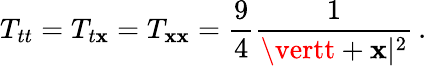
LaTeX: T_{tt}=T_{t\mathbf{x}}=T_{\mathbf{x}\mathbf{x}}=\frac{{9}}{{4}}\frac{{1}}{{\vertt+\mathbf{x}\vert^{2}}}\, .